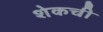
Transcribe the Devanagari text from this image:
शेकची